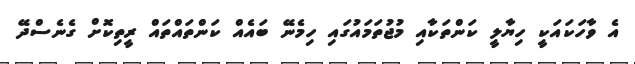
އެ ވާހަކައަކީ ހިޔާލީ ކަންތަކާއި މުޖުތަމައުގައި ހިމެނޭ ބައެއް ކަންތައްތައް ރީތިކޮށް ގެނެސްދޭ